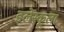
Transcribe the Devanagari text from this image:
इलेस्कूला